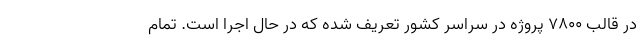
در قالب ۷۸۰۰ پروژه در سراسر کشور تعریف شده که در حال اجرا است. تمام